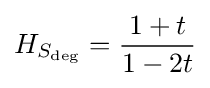
H_{S_{\text{deg}}}={\frac {1+t}{1-2t}}